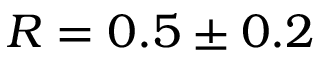
R = 0 . 5 \pm 0 . 2